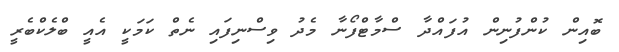
ބޮއިން ކުންފުނިން އުފައްދާ ސްމާޓްފޯނާ މެދު ވިސްނިފައި ނެތް ކަމަކީ އެއީ ބްލެކްބެރީ